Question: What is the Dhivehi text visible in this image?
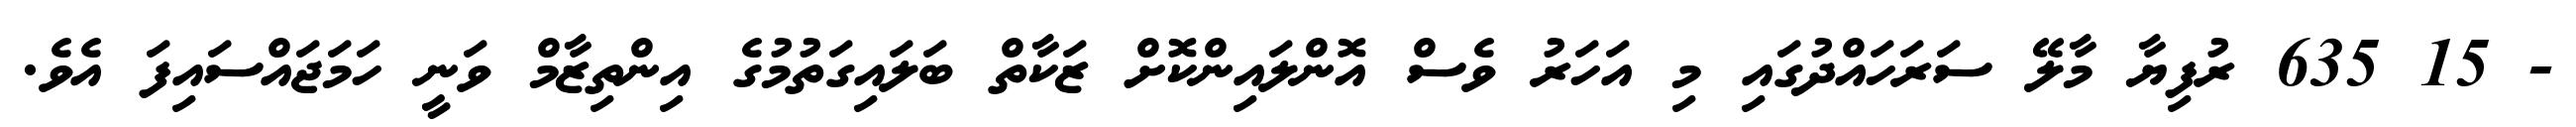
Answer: - 15 635 ރުފިޔާ މާލޭ ސަރަހައްދުގައި މި އަހަރު ވެސް އޮންލައިންކޮށް ޒަކާތް ބަލައިގަތުމުގެ އިންތިޒާމް ވަނީ ހަމަޖައްސައިފަ އެވެ.